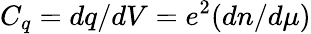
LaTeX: C_{q}=dq/dV=e^{2}(dn/d\mu)